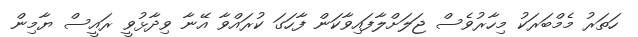
ހަތަރު މެމްބަރަކު މިހާރުވެސް ޖަލަށްލާފައިވާކަން ފާހަގަ ކުރައްވާ އޭނާ ވިދާޅުވީ ރައީސް ޔާމިން